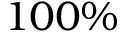
1 0 0 \%